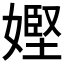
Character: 𡠩